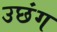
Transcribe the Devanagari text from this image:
उछंग